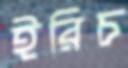
ইরিচ